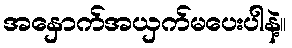
အနှောက်အယှက်မပေးပါနဲ့။